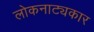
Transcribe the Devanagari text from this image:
लोकनाट्यकार